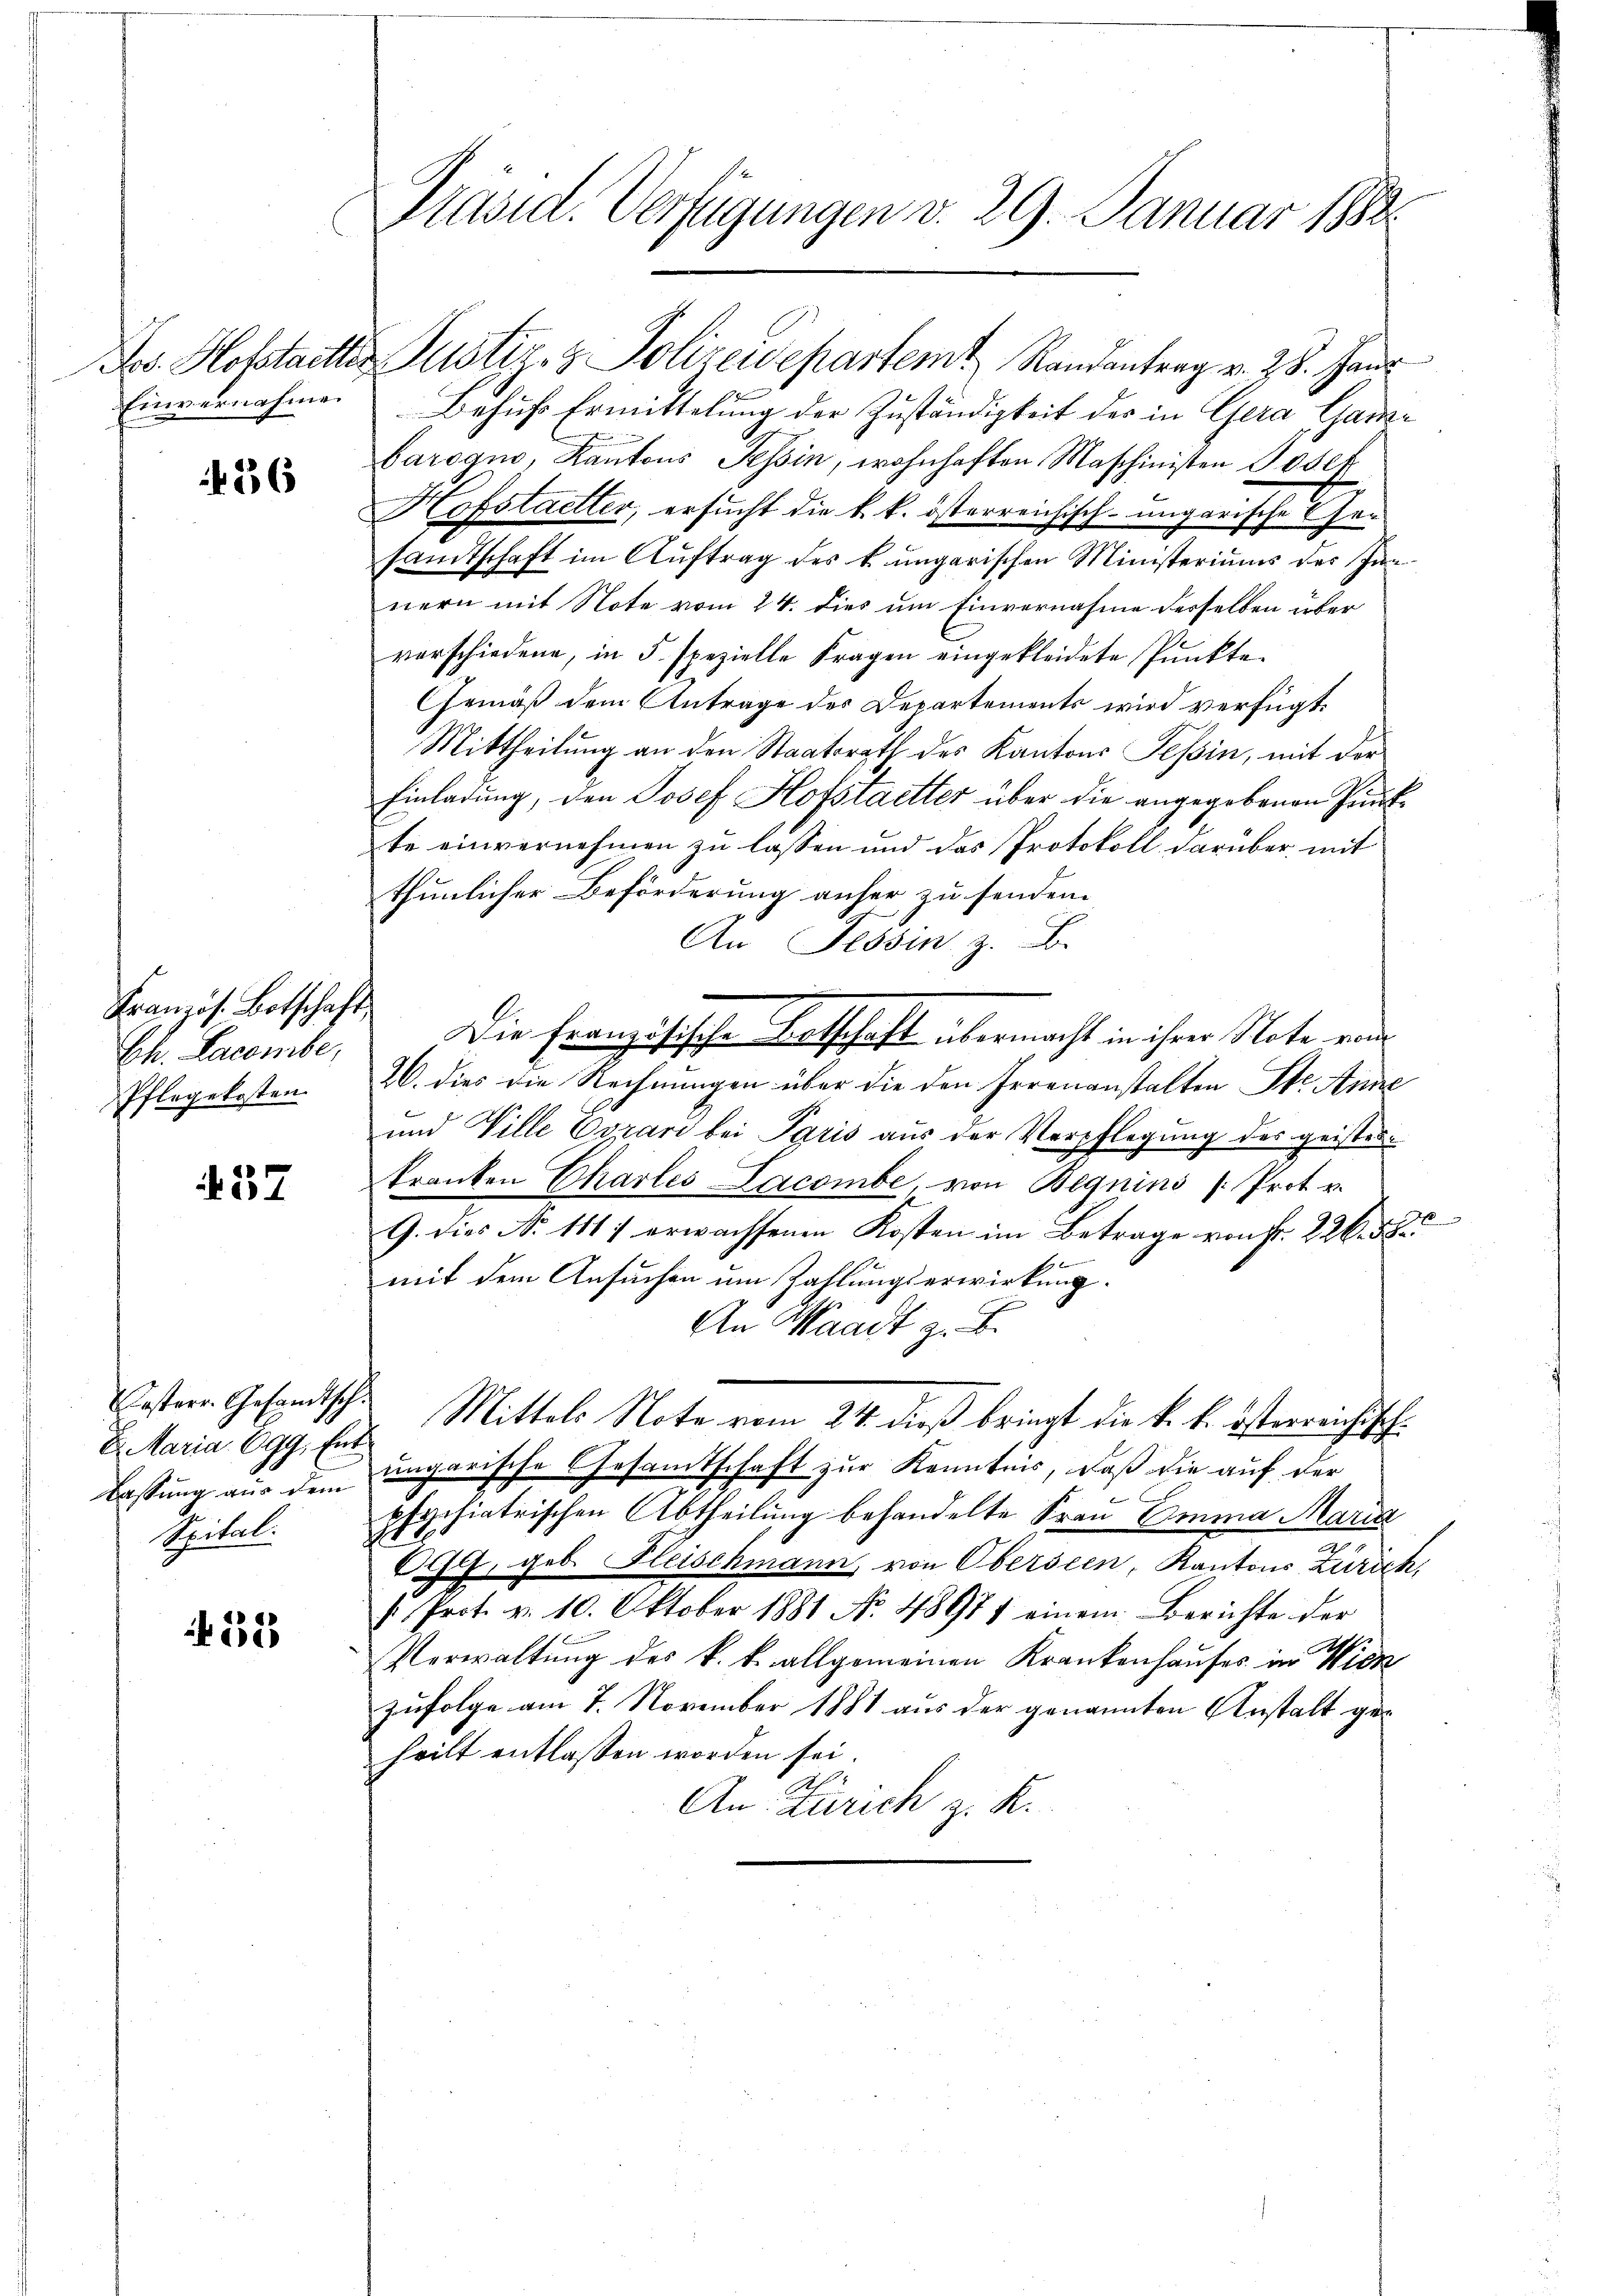
Einvernahme.

36

Französ. Botschaft
Ch. Lacombe,
Pflegekosten

57

D. Maria. 699. Entlassung aus dem

38

Präsid. Verfügungen v. 29. Januar 1888.

Jos. Hofstadter Justiz- & Polizeidepartem Randantrag v. 28. Haus
Behufs Ermittelung der Zuständigkeit der in Gera Ganze
barogno, Kantons Tessin, wohnhaften Maschinisten Josef
Hofstaetter, ersucht die k. k. österreichisch-ungarische Gesandtschaft im Auftrag des k. ungarischen Ministeriums des un
nern mit Note vom 24. dies um Einvernahme desselben über
vorschiedene, in 5 spezielle Fragen eingekleidete Punkte
Gemäß dem Antrage des Departements wird verfügt:
Mittheilung an den Staatsrath des Kantons Tessin, mit der
Einladung, den Josef Hofstaetter über die angegebenen Punkte einvernehmen zu lassen und das Protokoll darüber mit
thunlicher Beförderung anher zu senden.
An Tessin z. B.
Die Französische Entschaft übermacht in ihrer Note von
26. dies die Rechnungen über die den Irrenanstalten Ste Anne
und Ville Corari bei Paris aus der Verpflegung des geister
kranken Charles Lacombe, von Beguins Prot u.
9. dies No 1117 erwachsenen Kosten im Betrage von Fr. 226. 58
mit dem Ansuchen um Zahlungserwirkung.
An Waadt z. B.
Erstern Gesandtsche Mittels Note vom 24. dieß bringt die k. k. österreichisch
ungarische Gesamtschaft zur Kenntnis, daß die auf der
Spital. psychiatrischen Abtheilung behandelte Frau Emma Maria
899, geb. Fleischmann von Obersien, Kantons Zürich,
/. Prot. v. 10. Oktober 1881 No. 48971 einem Berichte der
Verwaltung des k. k. allgemeinen Krankenhauses in Wien
zufolge am 7. November 1881 aus der genannten Anstalt geheilt entlassen worden sei.
A.
An: Zürich z. K.